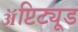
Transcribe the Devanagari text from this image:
ॲप्टिट्यूड